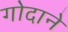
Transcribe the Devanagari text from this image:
गोदाने